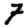
Digit: 7